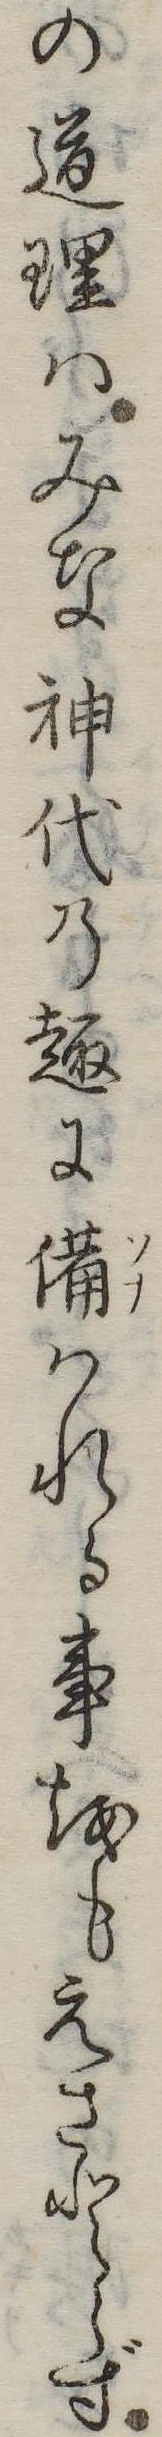
の道理はみな神代の趣に備はれる事をもえさとらず